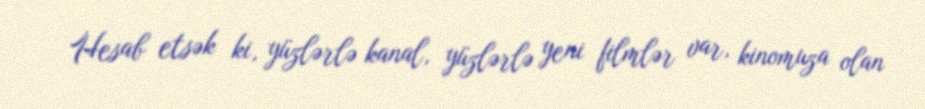
Hesab etsək ki, yüzlərlə kanal, yüzlərlə yeni filmlər var, kinomuza olan